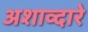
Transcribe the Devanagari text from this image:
अशाव्दारे